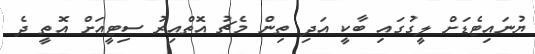
ޔުނައިޓެޑަށް ލީގުގައި ބާކީ އަދި ތިން މެޗު އޮތްއިރު ސިޓީއަށް އޮތީ ދެ